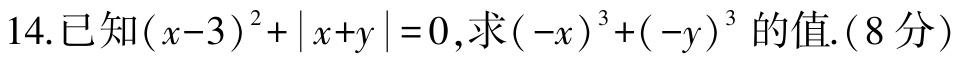
14.已知\((x - 3)^2+|x + y| = 0\)，求\((-x)^3+(-y)^3\)的值.(8分)